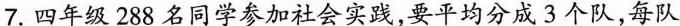
7.四年级288名同学参加社会实践，要平均分成3个队，每队